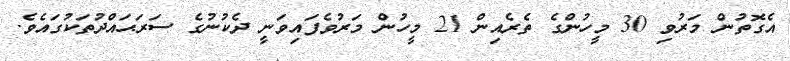
އެގޮތުން މަރުވި 30 މީހުންގެ ތެރެއިން 21 މީހުން މަރުވެފައިވަނީ ދެކުނުގެ ސަރަޙައްދުތަކުގައެވެ.